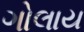
ગોલાય